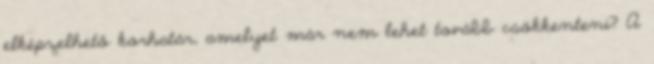
elképzelhető korhatár, amelyet már nem lehet tovább csökkenteni? A